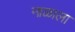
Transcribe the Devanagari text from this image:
नाळाला